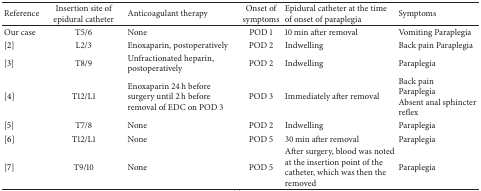
<table><thead><tr><td><b>Reference</b></td><td><b>Insertion site of epidural catheter</b></td><td><b>Anticoagulant therapy</b></td><td><b>Onset of symptoms</b></td><td><b>Epidural catheter at the time of onset of paraplegia</b></td><td><b>Symptoms</b></td></tr></thead><tbody><tr><td>Our case</td><td>T5/6</td><td>None</td><td>POD 1</td><td>10 min after removal</td><td>Vomiting Paraplegia</td></tr><tr><td>[2]</td><td>L2/3</td><td>Enoxaparin, postoperatively</td><td>POD 2</td><td>Indwelling</td><td>Back pain Paraplegia</td></tr><tr><td>[3]</td><td>T8/9</td><td>Unfractionated heparin, postoperatively</td><td>POD 2</td><td>Indwelling</td><td>Paraplegia</td></tr><tr><td>[4]</td><td>T12/L1</td><td>Enoxaparin 24 h before surgery until 2 h before removal of EDC on POD 3</td><td>POD 3</td><td>Immediately after removal</td><td>Back pain Paraplegia Absent anal sphincter reflex </td></tr><tr><td>[5]</td><td>T7/8</td><td>None</td><td>POD 2</td><td>Indwelling</td><td>Paraplegia</td></tr><tr><td>[6]</td><td>T12/L1</td><td>None</td><td>POD 5</td><td>30 min after removal</td><td>Paraplegia</td></tr><tr><td>[7]</td><td>T9/10</td><td>None</td><td>POD 5</td><td>After surgery, blood was noted at the insertion point of the catheter, which was then the removed</td><td>Paraplegia</td></tr></tbody></table>